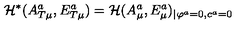
{ \cal H } ^ { * } ( A _ { T \mu } ^ { a } , E _ { T \mu } ^ { a } ) = { \cal H } ( A _ { \mu } ^ { a } , E _ { \mu } ^ { a } ) _ { \mid \varphi ^ { a } = 0 , c ^ { a } = 0 }